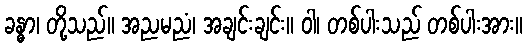
ခန္ဓာ၊ တို့သည်။ အညမညံ၊ အချင်းချင်း။ ဝါ၊ တစ်ပါးသည် တစ်ပါးအား။